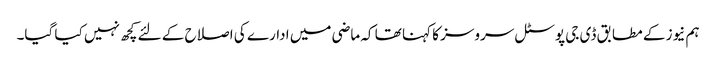
ہم نیوز کے مطابق ڈی جی پوسٹل سروسز کا کہنا تھا کہ ماضی میں ادارے کی اصلاح کے لئے کچھ نہیں کیا گیا۔